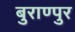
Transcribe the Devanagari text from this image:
बुराण्पुर